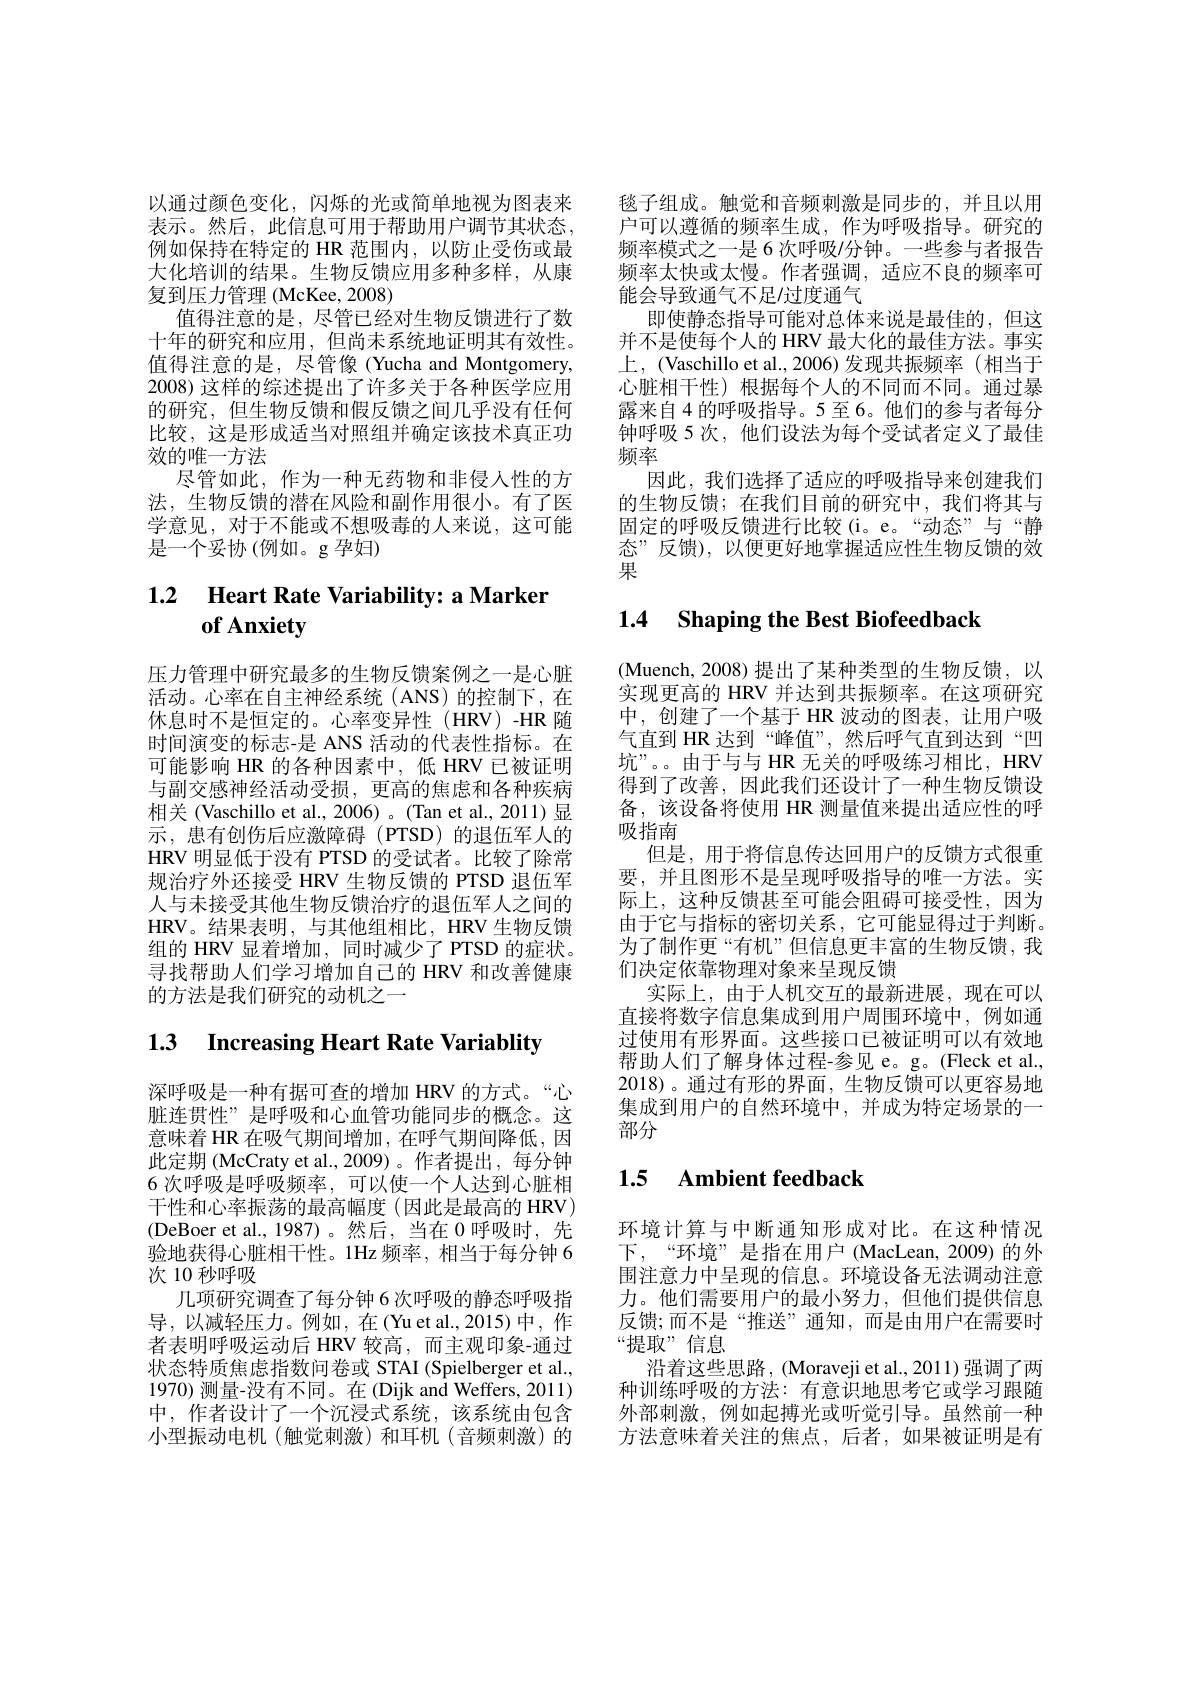
以通过颜色变化，闪烁的光或简单地视为图表来表示。然后，此信息可用于帮助用户调节其状态， 例如保持在特定的 HR 范围内，以防止受伤或最大化培训的结果。生物反馈应用多种多样，从康复到压力管理 (McKee, 2008)
值得注意的是，尽管已经对生物反馈进行了数十年的研究和应用，但尚未系统地证明其有效性。值得注意的是，尽管像 (Yucha and Montgomery, 2008) 这样的综述提出了许多关于各种医学应用的研究，但生物反馈和假反馈之间几乎没有任何比较，这是形成适当对照组并确定该技术真正功效的唯一方法
尽管如此，作为一种无药物和非侵人性的方法，生物反馈的潜在风险和副作用很小。有了医学意见，对于不能或不想吸毒的人来说，这可能是一个妥协(例如。g 孕妇)

## 1.2 Heart Rate Variability: a Marker $\mathbf{of}$ Anxiety

压力管理中研究最多的生物反馈案例之一是心脏活动。心率在自主神经系统(ANS)的控制下，在休息时不是恒定的。心率变异性(HRV)-HR 随时间演变的标志-是 ANS 活动的代表性指标。在可能影响 HR 的各种因素中，低 HRV 已被证明与副交感神经活动受损，更高的焦虑和各种疾病相关(Vaschillo et al., 2006)。(Tan et al., 2011)显示，患有创伤后应激障碍(PTSD)的退伍军人的HRV 明显低于没有 PTSD 的受试者。比较了除常规治疗外还接受 HRV 生物反馈的 PTSD 退伍军人与未接受其他生物反馈治疗的退伍军人之间的HRV。结果表明，与其他组相比，HRV 生物反馈组的 HRV 显着增加，同时减少了 PTSD 的症状。寻找帮助人们学习增加自己的 HRV 和改善健康的方法是我们研究的动机之一

# 1.3 $\textbf{Increasing Heart Rate Variablity}$

深呼吸是一种有据可查的增加 HRV 的方式。“心脏连贯性”是呼吸和心血管功能同步的概念。这意味着 HR 在吸气期间增加，在呼气期间降低，因此定期 (McCraty et al.,2009)。作者提出，每分钟6 次呼吸是呼吸频率，可以使一个人达到心脏相干性和心率振荡的最高幅度(因此是最高的 HRV) (DeBoer et al.,1987)。然后，当在 0 呼吸时，先验地获得心脏相干性。1Hz 频率，相当于每分钟 6次 10 秒呼吸
几项研究调查了每分钟 6 次呼吸的静态呼吸指导，以减轻压力。例如，在(Yuet al.,2015)中，作者表明呼吸运动后 HRV 较高，而主观印象-通过状态特质焦虑指数问卷或 STAI (Spielberger et al., 1970) 测量-没有不同。在 (Dijk and Weffers, 2011) 中，作者设计了一个沉浸式系统，该系统由包含小型振动电机(触觉刺激)和耳机(音频刺激)的

毯子组成。触觉和音频刺激是同步的，并且以用户可以遵循的频率生成，作为呼吸指导。研究的频率模式之一是 6 次呼吸/分钟。一些参与者报告频率太快或太慢。作者强调，适应不良的频率可能会导致通气不足/过度通气
即使静态指导可能对总体来说是最佳的，但这并不是使每个人的 HRV 最大化的最佳方法。事实上，(Vaschillo et al., 2006) 发现共振频率 (相当于心脏相干性)根据每个人的不同而不同。通过暴露来自 4 的呼吸指导。5 至 6。他们的参与者每分钟呼吸 5 次，他们设法为每个受试者定义了最佳频率
因此，我们选择了适应的呼吸指导来创建我们的生物反馈；在我们目前的研究中，我们将其与固定的呼吸反馈进行比较(i。e。“动态”与“静态”反馈),以便更好地掌握适应性生物反馈的效果

### 1.4 Shaping the Best Biofeedback

(Muench,2008)提出了某种类型的生物反馈，以实现更高的 HRV 并达到共振频率。在这项研究中，创建了一个基于 HR 波动的图表，让用户吸气直到 HR 达到“峰值”,然后呼气直到达到“凹坑”。。由于与与 HR 无关的呼吸练习相比，HRV 得到了改善，因此我们还设计了一种生物反馈设备，该设备将使用 HR 测量值来提出适应性的呼吸指南
但是，用于将信息传达回用户的反馈方式很重要，并且图形不是呈现呼吸指导的唯一方法。实际上，这种反馈甚至可能会阻碍可接受性，因为由于它与指标的密切关系，它可能显得过于判断。为了制作更“有机”但信息更丰富的生物反馈，我们决定依靠物理对象来呈现反馈
实际上，由于人机交互的最新进展，现在可以直接将数字信息集成到用户周围环境中，例如通过使用有形界面。这些接口已被证明可以有效地帮助人们了解身体过程-参见 e。g。(Fleck et al., 2018)。通过有形的界面，生物反馈可以更容易地集成到用户的自然环境中，并成为特定场景的一部分

### $\mathbf{1. 5}$ $\mathbf{Ambient~feedback}$

环境计算与中断通知形成对比。在这种情况下，“环境”是指在用户(MacLean,2009)的外围注意力中呈现的信息。环境设备无法调动注意力。他们需要用户的最小努力，但他们提供信息反馈；而不是“推送”通知，而是由用户在需要时“提取”信息
沿着这些思路，(Moraveji et al., 2011) 强调了两种训练呼吸的方法：有意识地思考它或学习跟随外部刺激，例如起搏光或听觉引导。虽然前一种方法意味着关注的焦点，后者，如果被证明是有